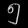
Digit: ၅